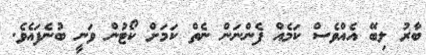
ބާރު ލިބޭ އެއްވެސް ކަމެއް ފެންނަން ނެތް ކަމަށް ކޯޓުން ވަނީ ބުނެފައެވެ.